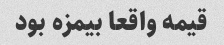
قیمه واقعا بیمزه بود